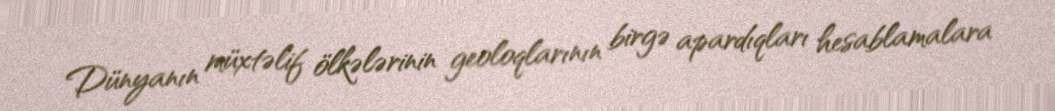
Dünyanın müxtəlif ölkələrinin geoloqlarının birgə apardıqları hesablamalara